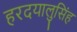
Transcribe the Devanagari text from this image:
हरदयालुसिंह